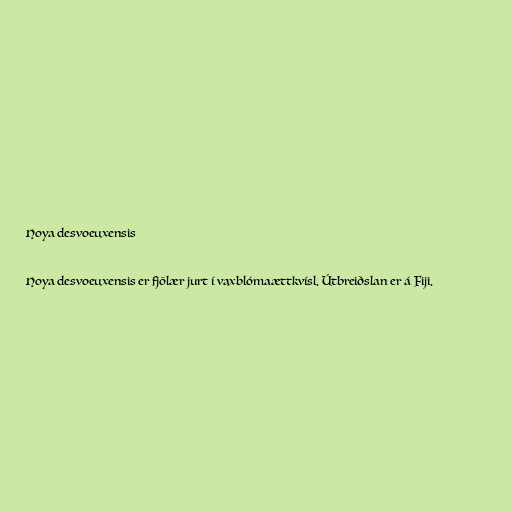
Hoya desvoeuxensis

Hoya desvoeuxensis er fjölær jurt í vaxblómaættkvísl. Útbreiðslan er á Fiji.